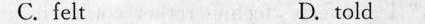
C.fast D.told